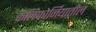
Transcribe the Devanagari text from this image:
कॅलिफाेर्नियातील